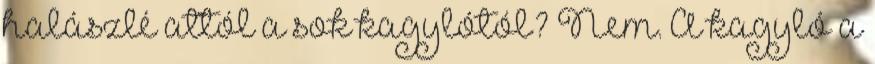
halászlé attól a sok kagylótól? Nem. A kagyló a